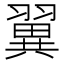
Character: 翼